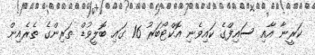
ކަރީނާ އާއި ސައިފްގެ ކައިވެނި އޮކްޓޯބަރު 16 ގައި ބޮލީވުޑް ތަރިންގެ ތެރެއިން